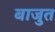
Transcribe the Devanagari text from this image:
बाजुत